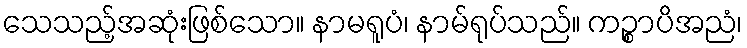
သေသည့်အဆုံးဖြစ်သော။ နာမရူပံ၊ နာမ်ရုပ်သည်။ ကဉ္စာပိအညံ၊